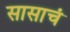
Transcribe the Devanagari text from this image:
सासाचं